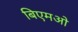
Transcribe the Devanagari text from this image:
बिएमओ